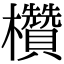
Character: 欑